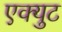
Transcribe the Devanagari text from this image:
एक्युट